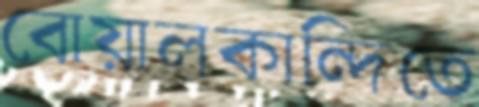
বোয়ালকান্দিতে